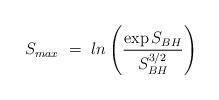
LaTeX: \begin{align*}S_{max}~=~ln \left( {\exp{S_{BH}} \over S_{BH}^{3/2} } \right)~\end{align*}